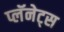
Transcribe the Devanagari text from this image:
प्लॅनेट्स